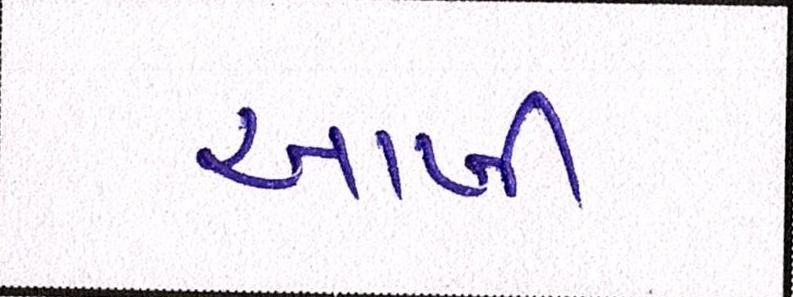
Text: આખી